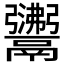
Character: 𩱣